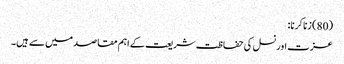
(80) زنا کرنا:
عزت اور نسل کی حفاظت شریعت کے اہم مقاصد میں سے ہیں۔